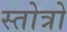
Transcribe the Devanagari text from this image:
स्तोत्रो